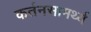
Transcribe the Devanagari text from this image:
कर्तनसामर्थ्य